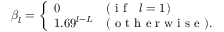
\beta _ { l } = \left\{ \begin{array} { l l } { 0 } & { ( \mathrm { ~ i ~ f ~ \ \ } l = 1 ) } \\ { 1 . 6 9 ^ { l - L } } & { ( \mathrm { ~ o ~ t ~ h ~ e ~ r ~ w ~ i ~ s ~ e ~ } ) . } \end{array} \right.